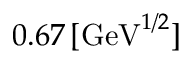
{ 0 . 6 7 \, [ \mathrm { G e V } ^ { 1 / 2 } ] }